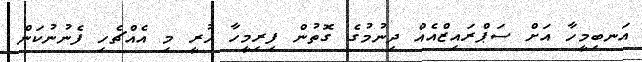
އަނބިމީހާ އަށް ސަޕްރައިޒްއެއް ދިނުމުގެ ގޮތުން ފިރިމީހާ ހުރީ މި އެއްޗެހި ފެނުނުކަން